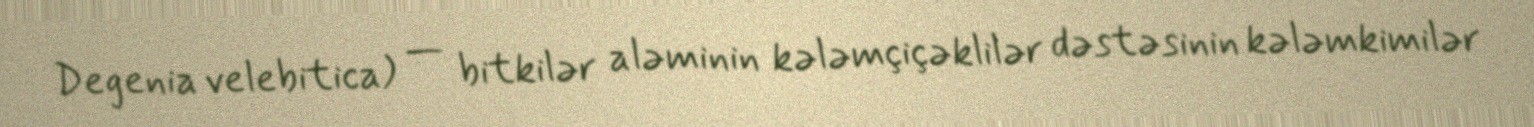
Degenia velebitica) — bitkilər aləminin kələmçiçəklilər dəstəsinin kələmkimilər